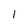
Character: l